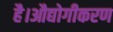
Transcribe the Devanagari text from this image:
है।औद्योगीकरण